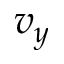
v _ { y }